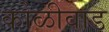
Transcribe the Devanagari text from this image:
कोळीवाड